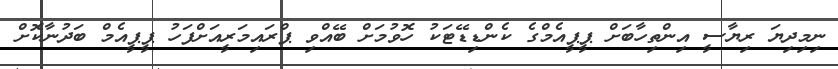
ނިމިދިޔަ ރިޔާސީ އިންތިހާބަށް ޕީޕީއެމްގެ ކެންޑިޑޭޓަކު ހޮވުމަށް ބޭއްވި ޕްރައިމަރީއަށްފަހު ޕީޕީއެމް ބަދުނާކޮށް